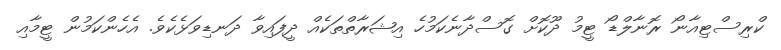
ކްރިސްޓިއާނޯ ރޮނާލްޑޯ ޓީމު ދޫކޮށް ގޮސްދާނެކަމުހެ އިޝަރާތްތަކެއް ދީފައިވާ ދަނޑިވަޅެކެވެ. އެހެންކަމުން ޓީމާއި